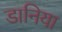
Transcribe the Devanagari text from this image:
डानिया